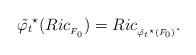
LaTeX: \begin{align*}\tilde{\varphi_t}^{\star}(Ric_{_{F_0}})=Ric_{_{\tilde{\varphi_t}^{\star}(F_0)}}.\end{align*}